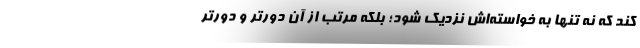
کند که نه تنها به خواسته‌اش نزدیک شود؛ بلکه مرتب از آن دورتر و دورتر